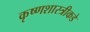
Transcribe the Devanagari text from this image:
कृष्णशास्त्रीकडे